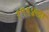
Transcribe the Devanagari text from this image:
१९६४ला